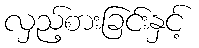
လှည့်စားခြင်းနှင့်